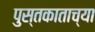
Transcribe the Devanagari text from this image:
पुस्तकाताच्या